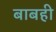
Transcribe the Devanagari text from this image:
बाबही